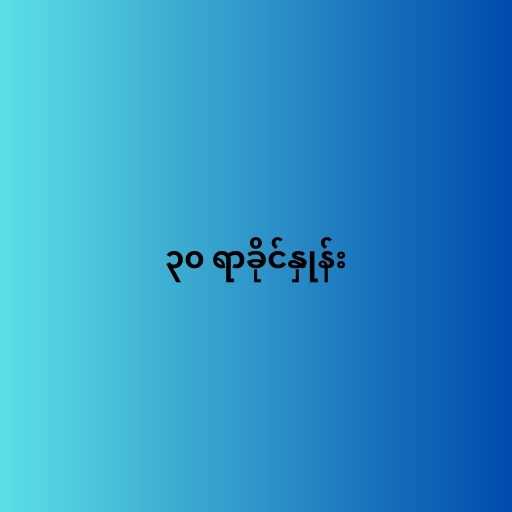
၃၀ ရာခိုင်နှုန်း